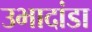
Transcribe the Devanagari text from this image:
उभादांडा